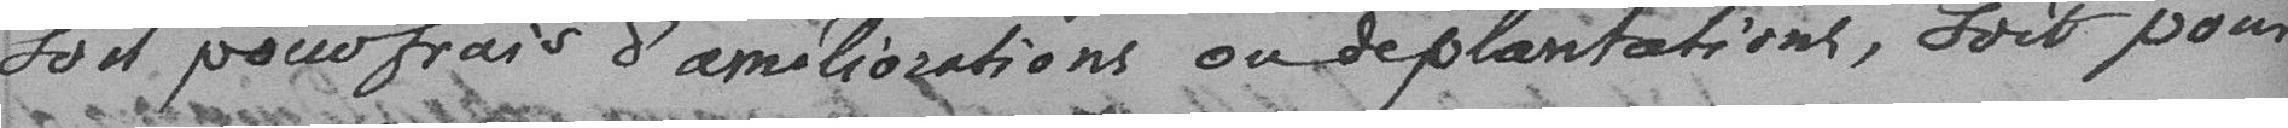
soit pour frais d'améliorations ou de plantations, soit pour